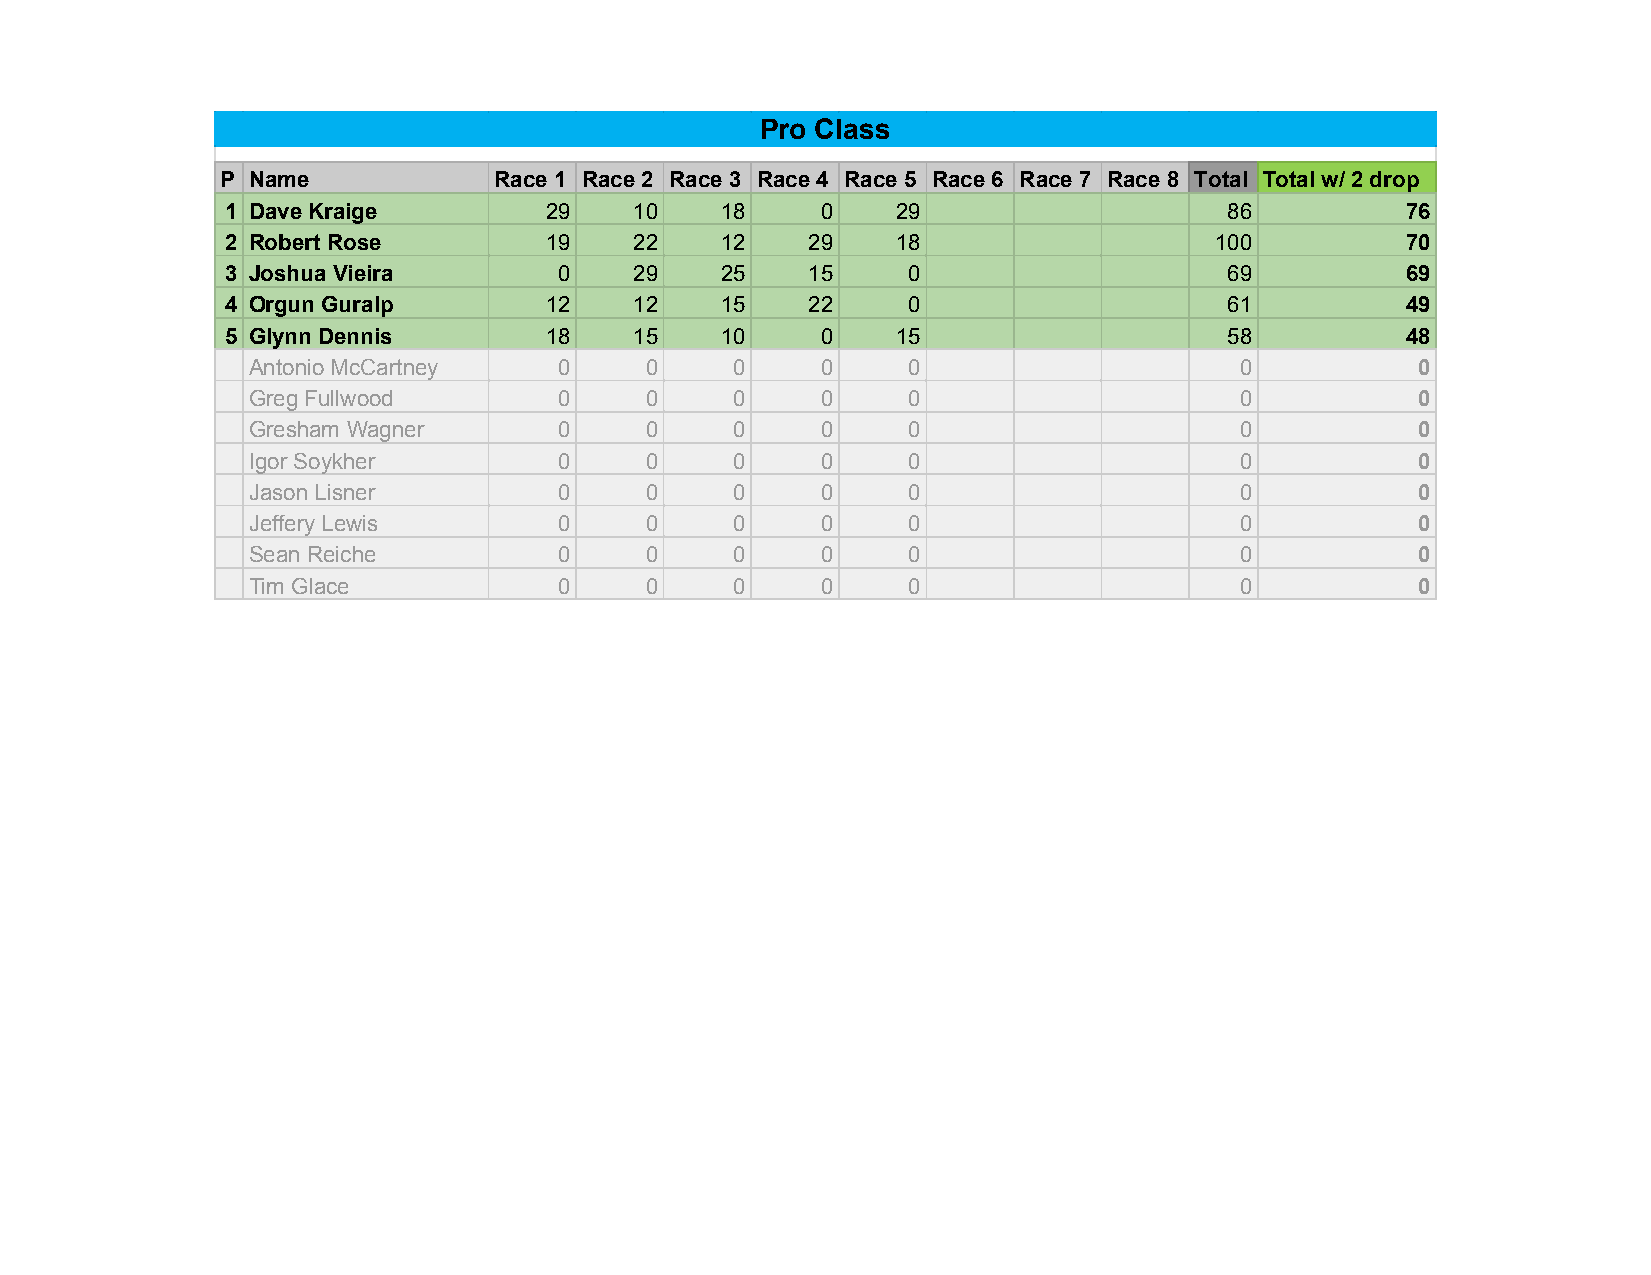
Pro Class
 P Name            Race 1 Race 2 Race 3 Race 4 Race 5 Race 6 Race 7 Race 8 Total Total w/ 2 drop
 1 Dave Kraige        29    10    18    0    29                    86          76
 2 Robert Rose        19    22    12   29    18                   100          70
 3 Joshua Vieira       0    29    25   15     0                    69          69
 4 Orgun Guralp       12    12    15   22     0                    61          49
 5 Glynn Dennis       18    15    10    0    15                    58          48
 Antonio McCartney    0     0     0    0     0                     0           0
 Greg Fullwood        0     0     0    0     0                     0           0
 Gresham Wagner       0     0     0    0     0                     0           0
 Igor Soykher         0     0     0    0     0                     0           0
 Jason Lisner         0     0     0    0     0                     0           0
 Jeffery Lewis        0     0     0    0     0                     0           0
 Sean Reiche          0     0     0    0     0                     0           0
 Tim Glace            0     0     0    0     0                     0           0